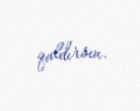
qaldırsın.